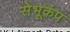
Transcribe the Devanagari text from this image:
सेभूकंप